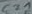
Text: C21